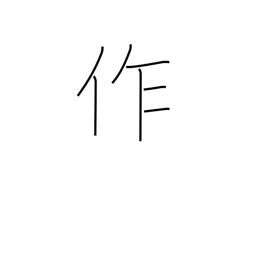
Meaning: make